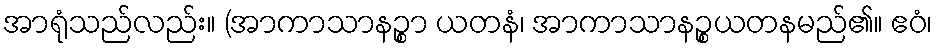
အာရုံသည်လည်း။ (အာကာသာနဉ္စာ ယတနံ၊ အာကာသာနဉ္စယတနမည်၏။ ဧဝံ၊